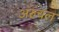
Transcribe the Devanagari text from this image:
अरुचल